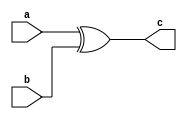
// Code your design here
module xorgate(input a,b, output c);
xor(c,a,b);
endmodule